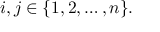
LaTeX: i , j \in \{ 1 , 2 , \dots , n \} .